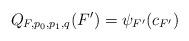
LaTeX: \begin{align*}Q_{F,p_0,p_1,q}(F')=\psi_{F'}(c_{F'})\end{align*}